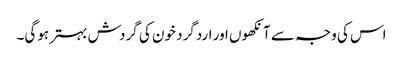
اس کی وجہ سے آنکھوں اور اردگرد خون کی گردش بہتر ہوگی۔